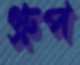
গ্রুপ